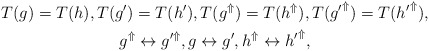
\begin{gather*} T(g) = T(h), T(g') = T(h'), T(g^\Uparrow) = T(h^\Uparrow), T({g'}^\Uparrow) = T({h'}^\Uparrow), \\ g^\Uparrow \leftrightarrow g'^\Uparrow, g \leftrightarrow g', h^\Uparrow \leftrightarrow {h'}^\Uparrow, \end{gather*}